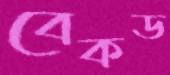
বেকড